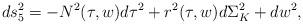
LaTeX: \begin{align*}ds_5^2 = -N^2(\tau,w)d\tau^2 + r^2(\tau,w)d\Sigma^2_K + dw^2,\end{align*}